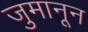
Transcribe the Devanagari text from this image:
जुमानून